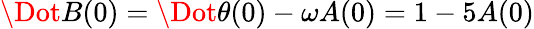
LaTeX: \Dot{B}(0)=\Dot{\theta}(0)-\omega A(0)=1-5A(0)